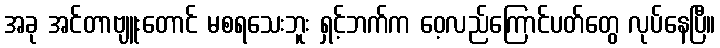
အခု အင်တာဗျူးတောင် မစရသေးဘူး ရှင့်ဘက်က ဝေ့လည်ကြောင်ပတ်တွေ လုပ်နေပြီ။